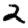
Digit: 2